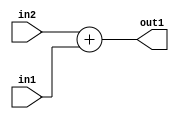
`timescale 1ps / 1ps
/*****************************************************************************
    Verilog RTL Description
    
    
    Created by: Stratus DpOpt 2019.1.01 
*******************************************************************************/

module DC_Filter_Add_2Ux1U_2U_4 (
	in2,
	in1,
	out1
	); /* architecture "behavioural" */ 
input [1:0] in2;
input  in1;
output [1:0] out1;
wire [1:0] asc001;

assign asc001 = 
	+(in2)
	+(in1);

assign out1 = asc001;
endmodule

/* CADENCE  urf3Qwg= : u9/ySgnWtBlWxVPRXgAZ4Og= ** DO NOT EDIT THIS LINE ******/